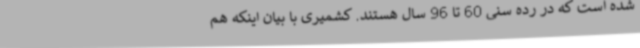
شده است که در رده سنی 60 تا 96 سال هستند. کشمیری با بیان اینکه هم